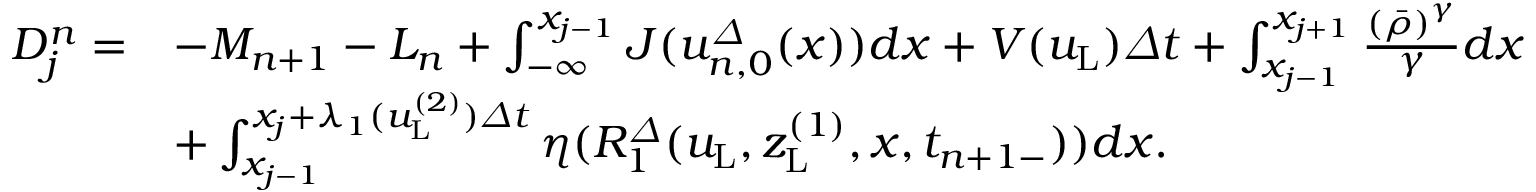
\begin{array} { r l } { D _ { j } ^ { n } = } & { - M _ { n + 1 } - L _ { n } + \int _ { - \infty } ^ { x _ { j - 1 } } J ( { u } _ { n , 0 } ^ { \varDelta } ( x ) ) d x + V ( u _ { \mathrm { L } } ) { \varDelta } t + \int _ { x _ { j - 1 } } ^ { x _ { j + 1 } } \frac { \left( \bar { \rho } \right) ^ { \gamma } } { \gamma } d x } \\ & { + \int _ { x _ { j - 1 } } ^ { x _ { j } + \lambda _ { 1 } ( u _ { \mathrm { L } } ^ { ( 2 ) } ) { \varDelta } t } \eta ( R _ { 1 } ^ { \varDelta } ( u _ { \mathrm { L } } , z _ { \mathrm { L } } ^ { ( 1 ) } , x , t _ { n + 1 - } ) ) d x . } \end{array}